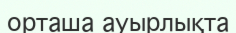
орташа ауырлықта